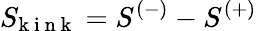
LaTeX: S_{\! \mathrm{~k~i~n~k~}}=S^{(-)}-S^{(+)}